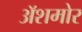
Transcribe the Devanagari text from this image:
अॅशमोर